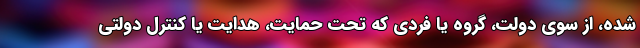
شده، از سوی دولت، گروه یا فردی که تحت حمایت، هدایت یا کنترل دولتی